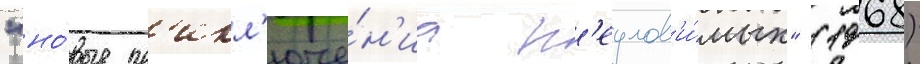
"но́вые пр'икл'юче́н'иа н'еулов'и́мых" (1968)